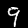
Label: 9